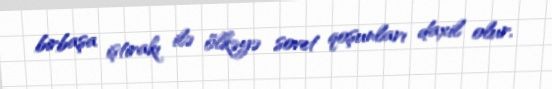
birbaşa iştirakı ilə ölkəyə sovet qoşunları daxil olur.